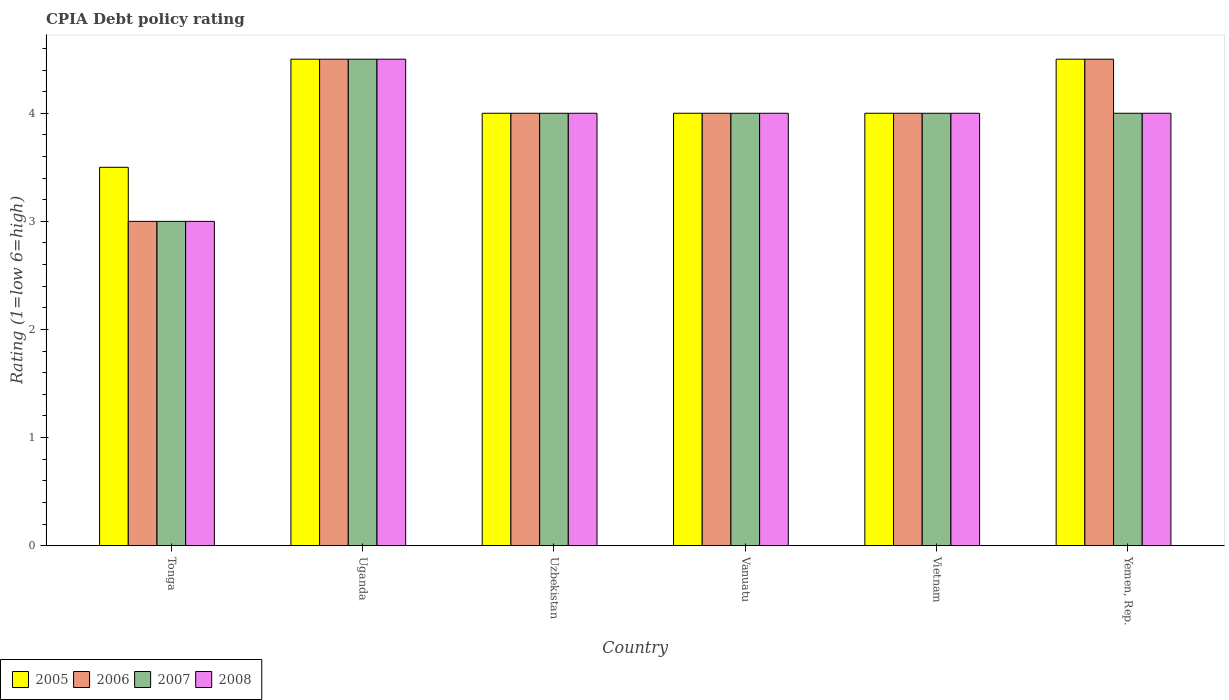
| Country | 2005 | 2006 | 2007 | 2008 |
 | --- | --- | --- | --- | --- |
 | Tonga | 3.5 | 3 | 3 | 3 |
 | Uganda | 4.5 | 4.5 | 4.5 | 4.5 |
 | Uzbekistan | 4 | 4 | 4 | 4 |
 | Vanuatu | 4 | 4 | 4 | 4 |
 | Vietnam | 4 | 4 | 4 | 4 |
 | Yemen, Rep. | 4.5 | 4.5 | 4 | 4 |